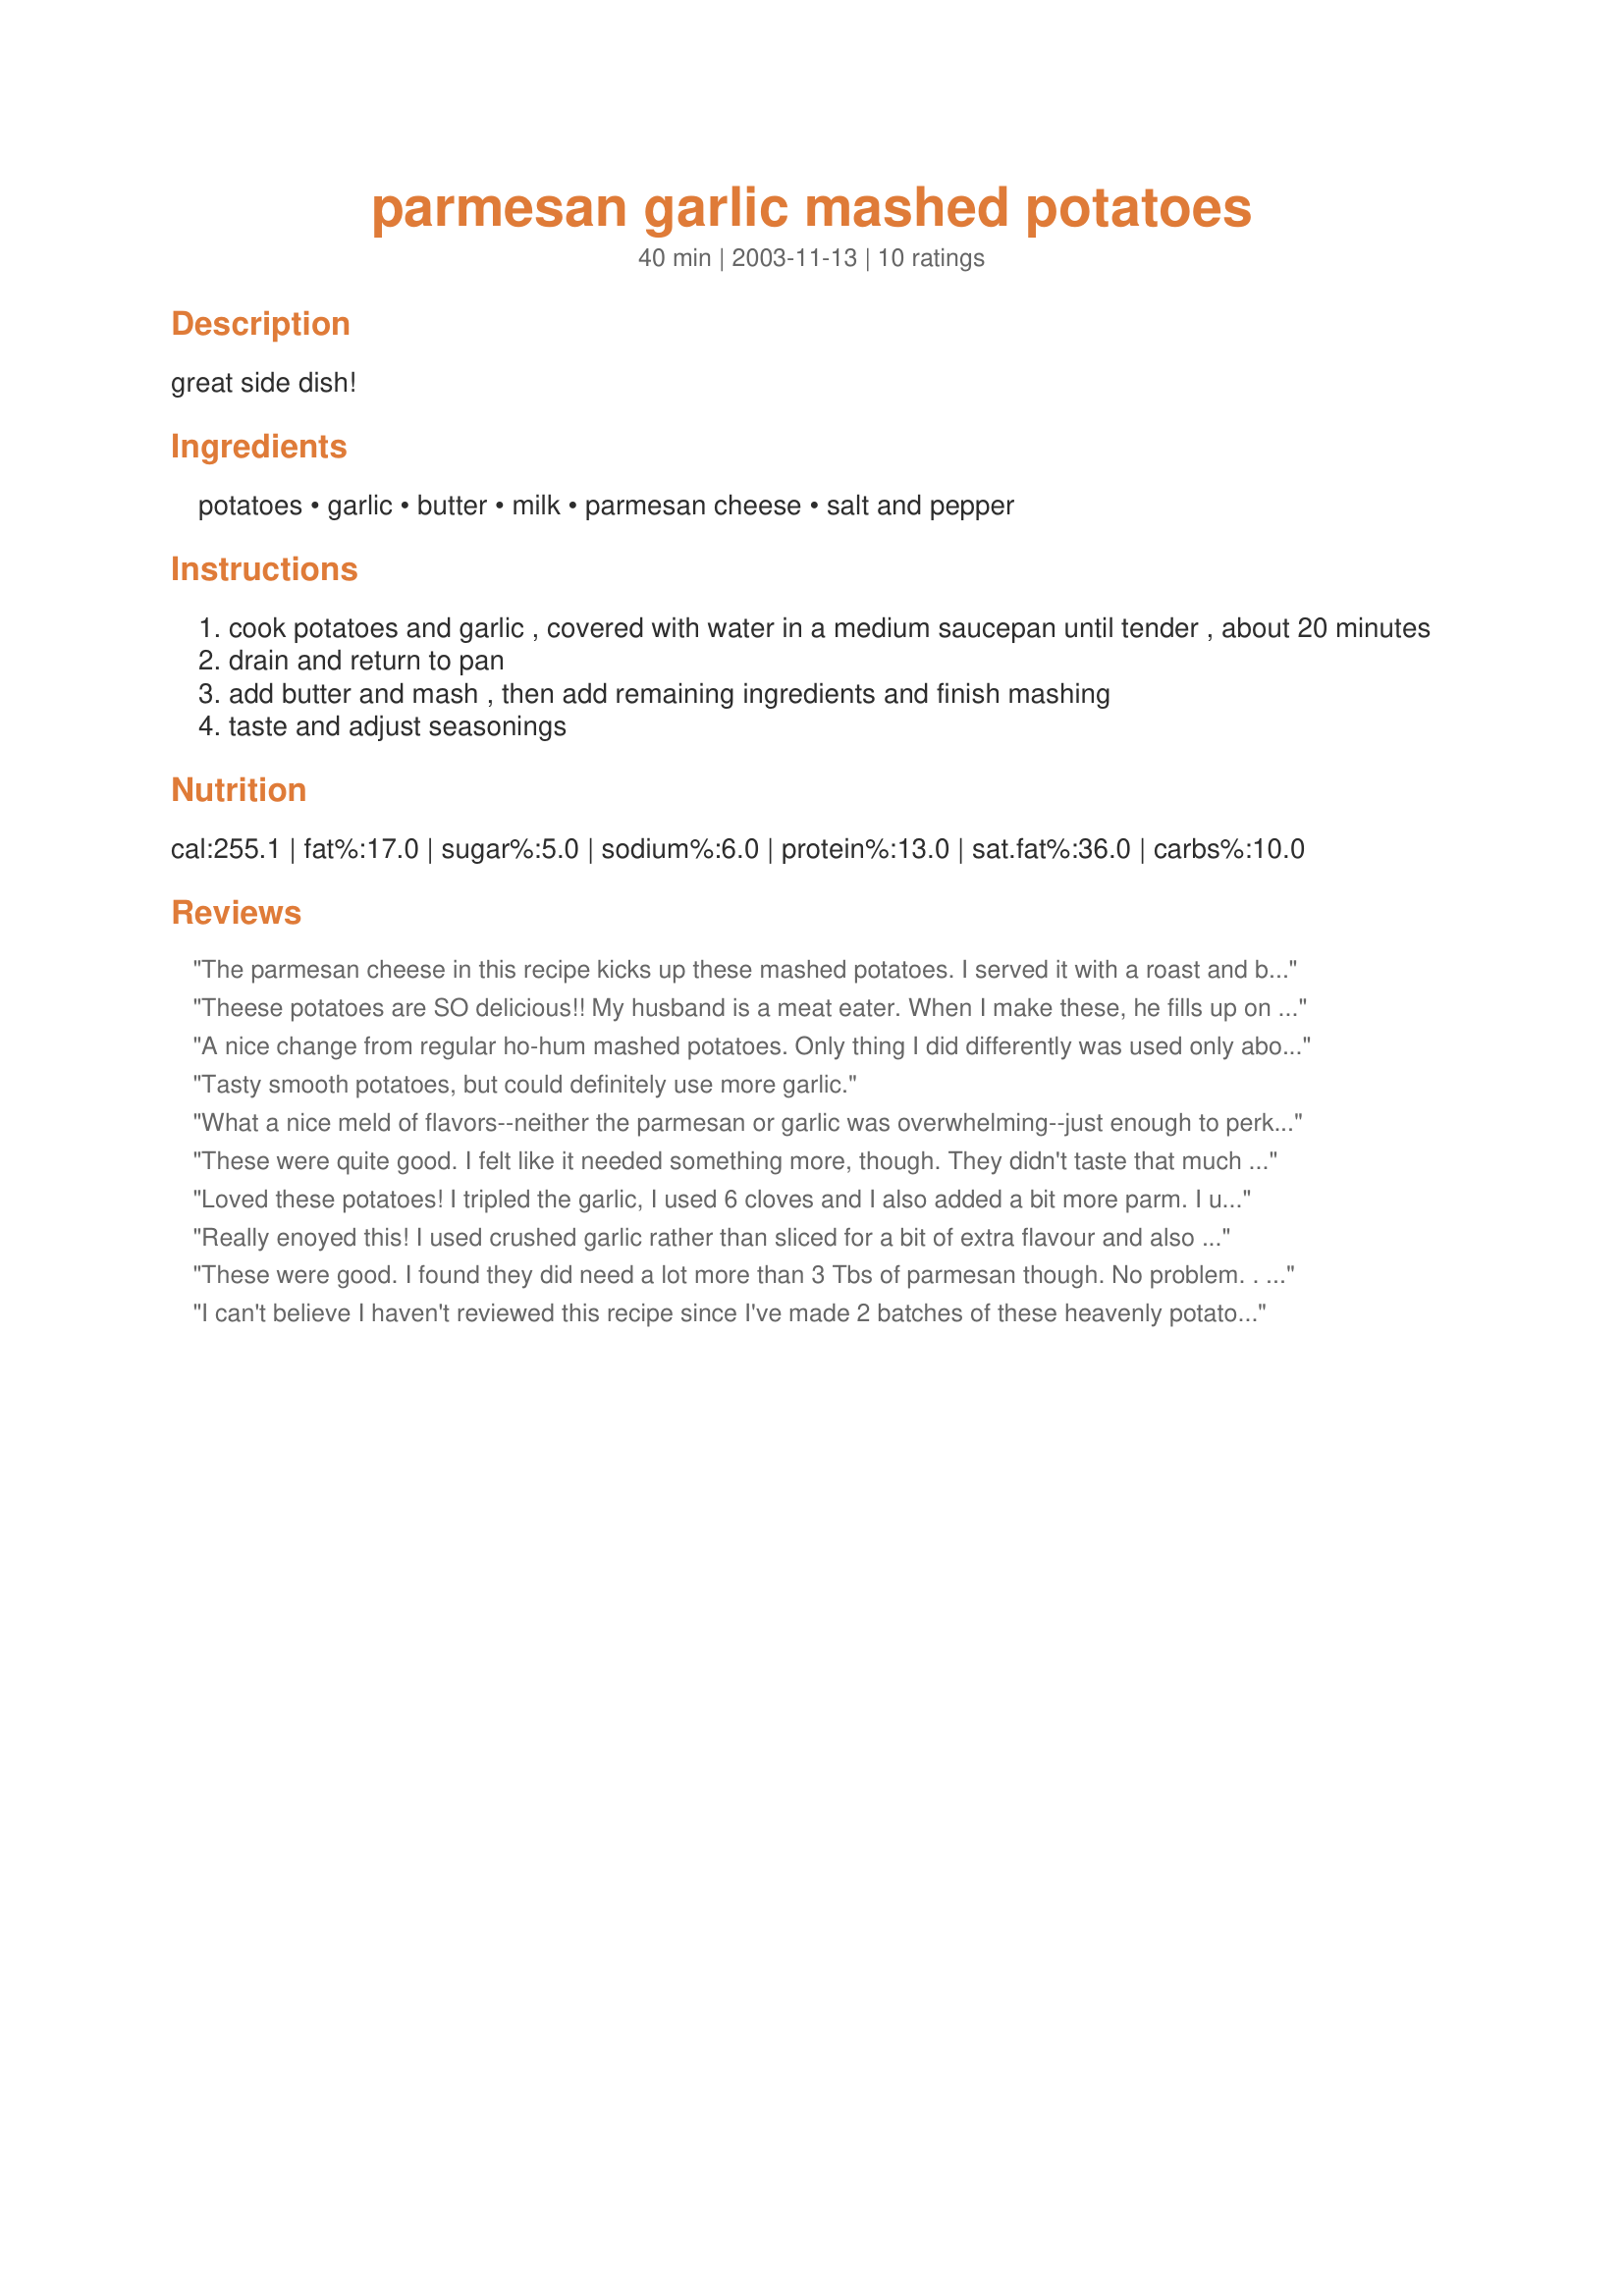
parmesan garlic mashed potatoes
Preparation time: 40 minutes

great side dish!

Ingredients:
potatoes, garlic, butter, milk, parmesan cheese, salt and pepper

Steps:
cook potatoes and garlic , covered with water in a medium saucepan until tender , about 20 minutes
drain and return to pan
add butter and mash , then add remaining ingredients and finish mashing
taste and adjust seasonings

Reviews:
The parmesan cheese in this recipe kicks up these mashed potatoes. I served it with a roast and brown gravy.
Theese potatoes are SO delicious!! My husband is a meat eater. When I make these, he fills up on the potatoes and hardly eats any meat. He says I should never make any other kind again. :D They are SO good! I use a potato ricer to mash them and then a hand mixer after all the ingredients are added. Thanks for a great recipe! Everyone has to try them!
A nice change from regular ho-hum mashed potatoes. Only thing I did differently was used only about 1/4 cup milk- the amount stated seemed alot to me, or perhaps I like mine a bit drier. Good flavor ! Thanks for posting.
Tasty smooth potatoes, but could definitely use more garlic.
What a nice meld of flavors--neither the parmesan or garlic was overwhelming--just enough to perk up boring mashed potatoes. This would be a nice company side dish--doesn't require any extra effort, but still jazzes up the meal. Thanks, Marie.
These were quite good. I felt like it needed something more, though. They didn't taste that much different from regular mashed potatoes. I will be experimenting with this recipe, though. Maybe adding more garlic & Parmesan. Family ate them right up, in any event!
Loved these potatoes! I tripled the garlic, I used 6 cloves and I also added a bit more parm. I used half & half, I was out of milk. Easy to make and big flavor. Thanks for posting!
Really enoyed this! I used crushed garlic rather than sliced for a bit of extra flavour and also used some garlic pepper rather than straight pepper to top. I also thought 3/4 cup of milk was probably a bit much, I used more like 1/4 cup.
These were good. I found they did need a lot more than 3 Tbs of parmesan though. No problem. . . I just added more!!
I can't believe I haven't reviewed this recipe since I've made 2 batches of these heavenly potatoes in a week! And we are not big potato eaters! Absolutely loved this....very easy to throw together....just wish I could give you more than 5 stars for this little gem !
